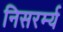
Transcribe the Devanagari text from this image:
निसरर्म्य